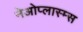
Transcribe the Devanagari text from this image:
नेओप्लास्म्स